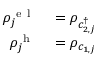
\begin{array} { r l } { \rho _ { j } ^ { \mathrm { ~ e ~ l ~ } } } & { { } = \rho _ { c _ { 2 , j } ^ { \dagger } } } \\ { \rho _ { j } ^ { \mathrm { ~ h ~ } } } & { { } = \rho _ { c _ { 1 , j } } } \end{array}